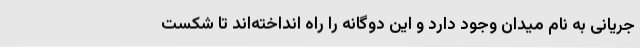
جریانی به نام میدان وجود دارد و این دوگانه را راه انداخته‌اند تا شکست